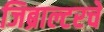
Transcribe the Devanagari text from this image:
जिब्राल्टरचे